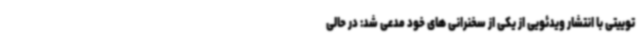
توییتی با انتشار ویدئویی از یکی از سخنرانی های خود مدعی شد: در حالی